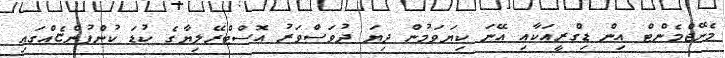
މެނޭޖްމެންޓް އިން ޑިގްރީއަކާއި އޭނަ ކިޔަވަމުން ދިޔަ ދުވަސްވަރު އޮސްޓްރޭލިޔާގެ ކުޑަ ކުންފުންޏެއްގައި